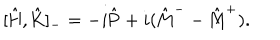
LaTeX: [ \hat { \mathrm { H } } , \hat { \mathrm { K } } ] _ { - } = - i \hat { \mathrm { P } } + i ( \hat { \mathrm { M } } ^ { - } - \hat { \mathrm { M } } ^ { + } ) .